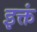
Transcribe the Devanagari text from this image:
इक्तं